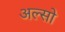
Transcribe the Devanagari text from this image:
अल्सो